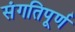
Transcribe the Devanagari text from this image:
संगतिपूर्ण